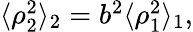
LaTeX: \begin{array}{r}{\langle\rho_{2}^{2}\rangle_{2}=b^{2}\langle\rho_{1}^{2}\rangle_{1},}\end{array}